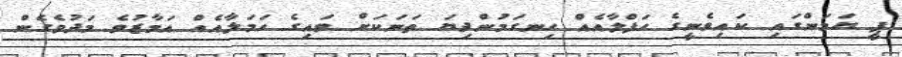
ޕީ ޔަމަންގައި ކައިވެނީގެ ހަފްލާއެއް ހިނގަމުންދިޔަ ތަނަކަށް ވައިގެ ހަމަލާއެއް އަމާޒުވެ މަދުވެގެން